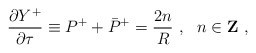
\begin{align*}\frac{\partial Y^+}{\partial \tau} \equiv P^+ + \bar{P}^+ = \frac{2n}{R}~, ~~n \in {\bf Z}~,\end{align*}